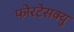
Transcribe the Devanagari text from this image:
फोरटेसक्यु